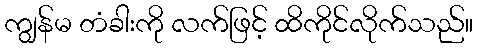
ကျွန်မ တံခါးကို လက်ဖြင့် ထိကိုင်လိုက်သည်။